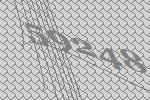
59248